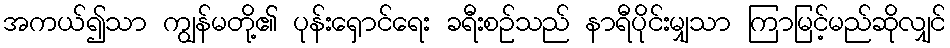
အကယ်၍သာ ကျွန်မတို့၏ ပုန်းရှောင်ရေး ခရီးစဉ်သည် နာရီပိုင်းမျှသာ ကြာမြင့်မည်ဆိုလျှင်